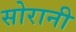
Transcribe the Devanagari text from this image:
सोरानी